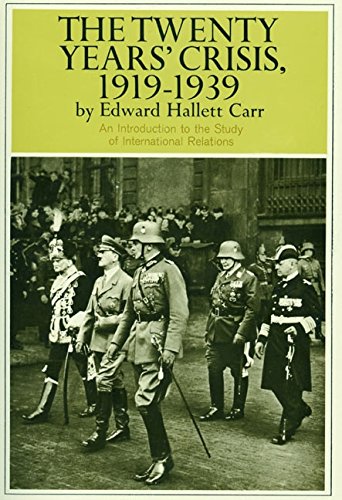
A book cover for The Twenty Years' Crisis, 1919-1939: An Introduction to the Study of International Relations; Edward Hallett Carr; History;